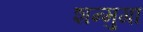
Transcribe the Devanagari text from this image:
शन्मुगा